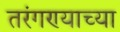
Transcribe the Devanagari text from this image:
तरंगण्याच्या